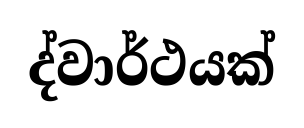
ද්වාර්ථයක්